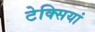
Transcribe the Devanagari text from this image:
टेक्सियां